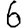
Digit: 6